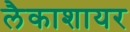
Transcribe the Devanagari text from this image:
लैकाशायर